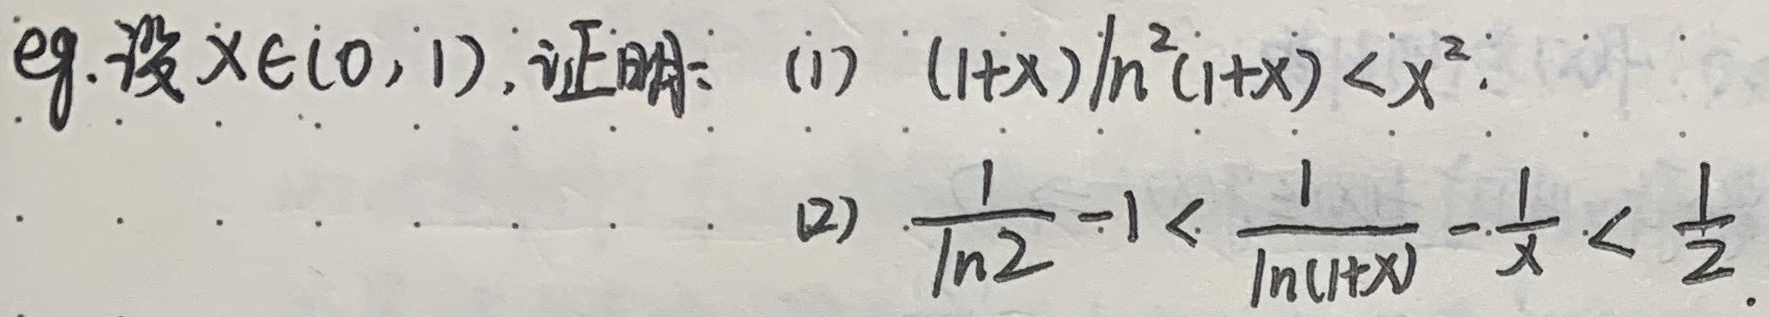
**eg.** 设\(x\in(0,1)\)，证明：(1) \((1 + x)\ln^{2}(1 + x)<x^{2}\)；(2) \(\frac{1}{\ln 2}-1<\frac{1}{\ln(1 + x)}-\frac{1}{x}<\frac{1}{2}\)。